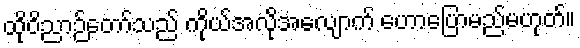
ထိုဝိညာဉ်တော်သည် ကိုယ်အလိုအလျောက် ဟောပြောမည်မဟုတ်။